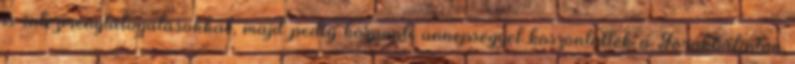
is intézménylátogatásokkal, majd pedig központi ünnepséggel köszöntötték a Törökbálinton